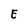
Character: E